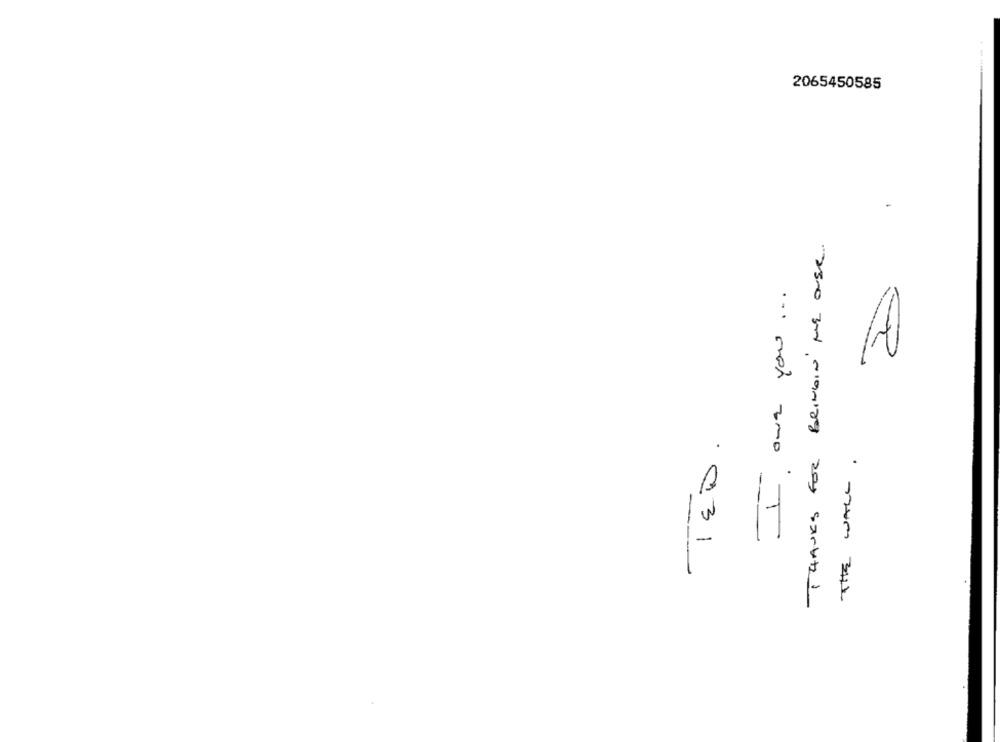
2065450585
THANKS FOR BRINGIN' ME OUSE.
IED.
--